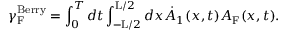
{ \gamma } _ { \mathrm { F } } ^ { \mathrm { B e r r y } } = \int _ { 0 } ^ { T } d t \int _ { - \mathrm { L } / 2 } ^ { \mathrm { L } / 2 } d x \dot { A } _ { 1 } ( x , t ) { \cal A } _ { \mathrm { F } } ( x , t ) .